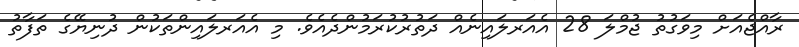
ރާއްޖެއަށް މިވަގުތު ޖުމްލަ 28 އެއަރލައިނެއް ދަތުރުކުރަމުންދެއެވެ. މި އެއަރލައިންތަކުން ދުނިޔޭގެ ތަފާތު